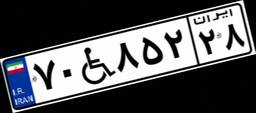
۱۲W۶۸۴۰۰